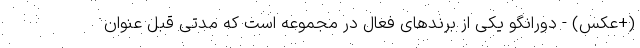
(+عکس) - دورانگو یکی از برندهای فعال در مجموعه است که مدتی قبل عنوان